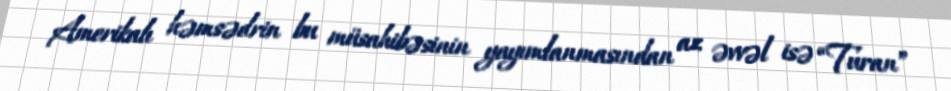
Amerikalı həmsədrin bu müsahibəsinin yayımlanmasından az əvvəl isə “Turan”